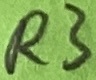
Text: R3